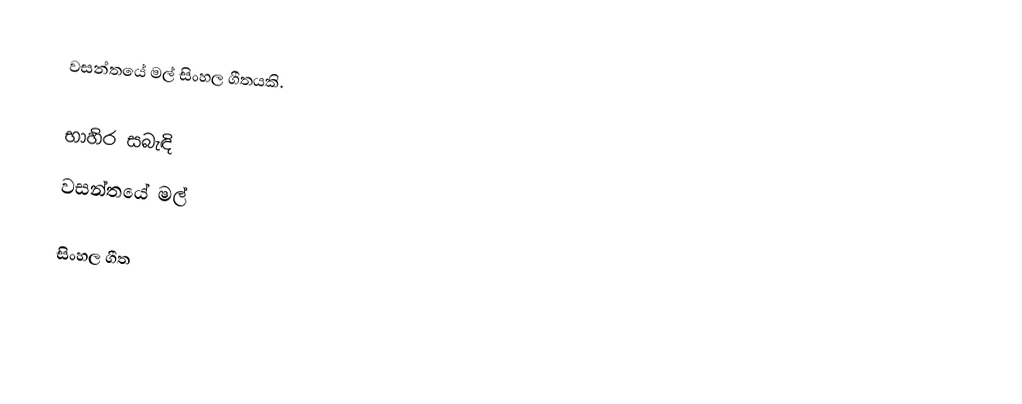
වසන්තයේ මල් සිංහල ගීතයකි.

භාහිර සබැඳි
 වසන්තයේ මල්

සිංහල ගීත